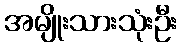
အမျိုးသားသုံးဦး